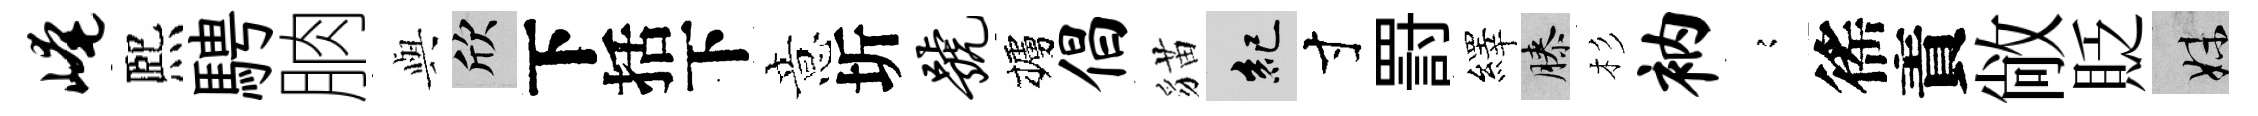
崦熈騁朒𫤰欣下括下意圻号櫨倡貓紀寸罸繹膝杉衲𡪹徭責敞貶妹